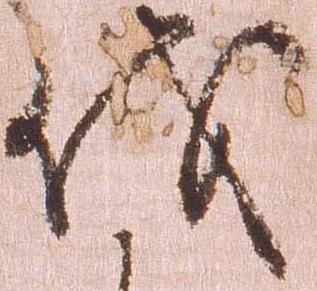
伐